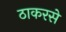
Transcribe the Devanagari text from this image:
ठाकरसे